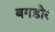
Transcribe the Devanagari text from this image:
बगडोर